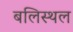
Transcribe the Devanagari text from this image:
बलिस्थल